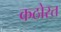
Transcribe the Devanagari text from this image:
कठोरत